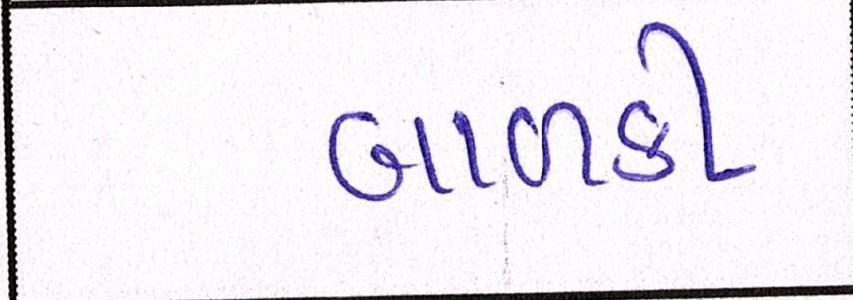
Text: બાળકી